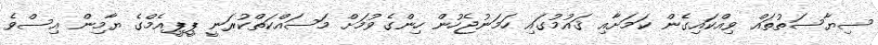
ސިޔާސަތުތައް ވިއްކައިގެން ކަމަށާއި ޤައުމުގައި ހަމަނުޖެހުން ހިންގެވުމަށް މަސައްކަތްކުރަނީ ޕީޕީއެމްގެ ޔާމިން އިސްވެ